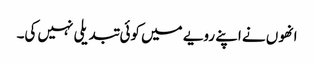
انھوں نے اپنے رویے میں کوئی تبدیلی نہیں کی۔